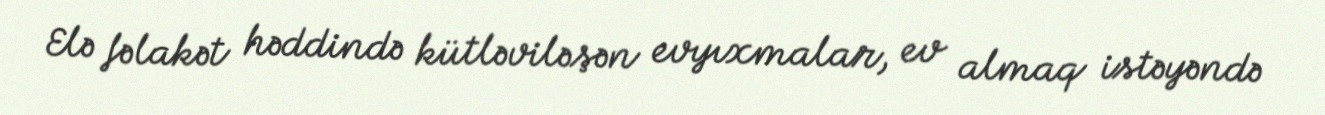
Elə fəlakət həddində kütləviləşən evyıxmalar, ev almaq istəyəndə